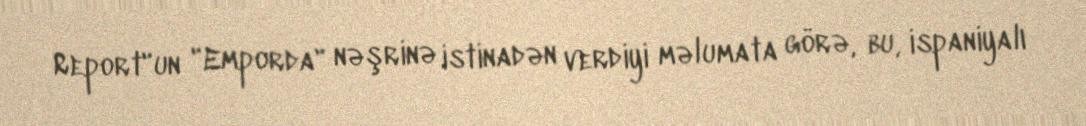
Report"un "Emporda" nəşrinə istinadən verdiyi məlumata görə, bu, ispaniyalı